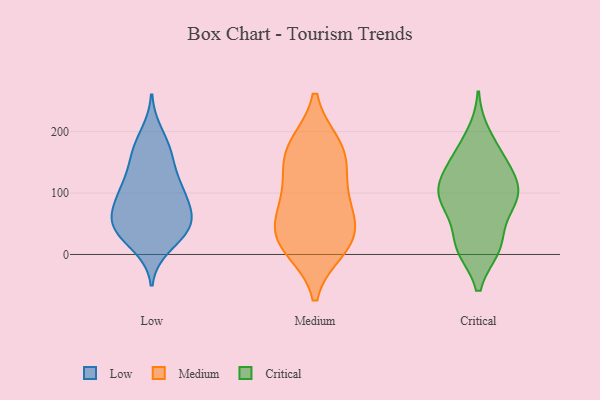
{"axis": {"x": "Budget (USD K)", "y": "Value"}, "legend": ["Critical", "Low", "Medium"], "data": [{"x": "", "y": 133, "type": "Low"}, {"x": "", "y": 112, "type": "Low"}, {"x": "", "y": 103, "type": "Low"}, {"x": "", "y": 86, "type": "Low"}, {"x": "", "y": 43, "type": "Low"}, {"x": "", "y": 57, "type": "Low"}, {"x": "", "y": 98, "type": "Low"}, {"x": "", "y": 56, "type": "Low"}, {"x": "", "y": 31, "type": "Low"}, {"x": "", "y": 197, "type": "Low"}, {"x": "", "y": 31, "type": "Low"}, {"x": "", "y": 169, "type": "Low"}, {"x": "", "y": 61, "type": "Low"}, {"x": "", "y": 156, "type": "Low"}, {"x": "", "y": 61, "type": "Low"}, {"x": "", "y": 102, "type": "Low"}, {"x": "", "y": 42, "type": "Low"}, {"x": "", "y": 13, "type": "Low"}, {"x": "", "y": 171, "type": "Low"}, {"x": "", "y": 14, "type": "Medium"}, {"x": "", "y": 96, "type": "Medium"}, {"x": "", "y": 50, "type": "Medium"}, {"x": "", "y": 84, "type": "Medium"}, {"x": "", "y": 42, "type": "Medium"}, {"x": "", "y": 134, "type": "Medium"}, {"x": "", "y": 177, "type": "Medium"}, {"x": "", "y": 162, "type": "Medium"}, {"x": "", "y": 10, "type": "Medium"}, {"x": "", "y": 27, "type": "Medium"}, {"x": "", "y": 174, "type": "Medium"}, {"x": "", "y": 11, "type": "Critical"}, {"x": "", "y": 195, "type": "Critical"}, {"x": "", "y": 13, "type": "Critical"}, {"x": "", "y": 93, "type": "Critical"}, {"x": "", "y": 97, "type": "Critical"}, {"x": "", "y": 145, "type": "Critical"}, {"x": "", "y": 14, "type": "Critical"}, {"x": "", "y": 156, "type": "Critical"}, {"x": "", "y": 77, "type": "Critical"}, {"x": "", "y": 164, "type": "Critical"}, {"x": "", "y": 14, "type": "Critical"}, {"x": "", "y": 123, "type": "Critical"}, {"x": "", "y": 72, "type": "Critical"}, {"x": "", "y": 93, "type": "Critical"}, {"x": "", "y": 104, "type": "Critical"}, {"x": "", "y": 116, "type": "Critical"}]}